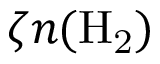
\zeta n ( \mathrm { { H } _ { 2 } ) }